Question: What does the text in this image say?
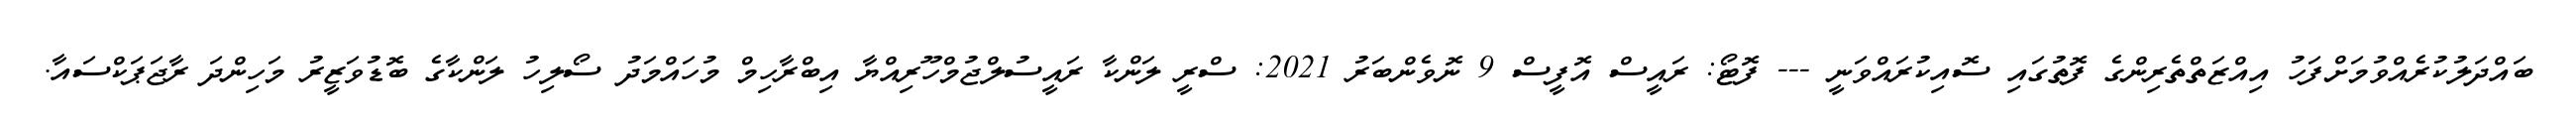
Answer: ބައްދަލުކުރެއްވުމަށްފަހު އިއްޒަތްތެރިންގެ ފޮތުގައި ސޮއިކުރައްވަނީ --- ފޮޓޯ: ރައީސް އޮފީސް 9 ނޮވެންބަރު 2021: ސްރީ ލަންކާ ރައީސުލްޖުމްހޫރިއްޔާ އިބްރާހިމް މުހައްމަދު ސޯލިހު ލަންކާގެ ބޮޑުވަޒީރު މަހިންދަ ރާޖަޕަކްސައާ.